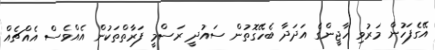
އޭގެފަހުން މަރުވި ހާޖީންގެ އަދަދާ ބެހޭގޮތުން ސައުދީ ރަސްމީ ފަރާތްތަކުން އެއްވެސް އެއްޗެއް